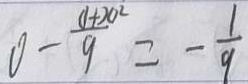
0 - \frac { ( 1 + x ) ^ { 2 } } { 9 } = - \frac { 1 } { 9 }